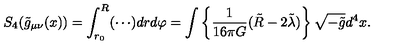
S _ { 4 } ( \tilde { g } _ { \mu \nu } ( x ) ) = \int _ { r _ { 0 } } ^ { R } ( \cdots ) d r d \varphi = \int \left\{ \frac { 1 } { 1 6 \pi G } ( \tilde { R } - 2 \tilde { \lambda } ) \right\} \sqrt { - \tilde { g } } d ^ { 4 } x .